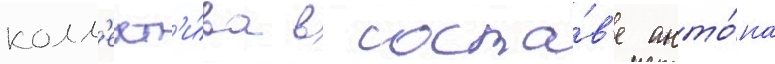
колл'ект'и́ва в соста́в'е анто́на